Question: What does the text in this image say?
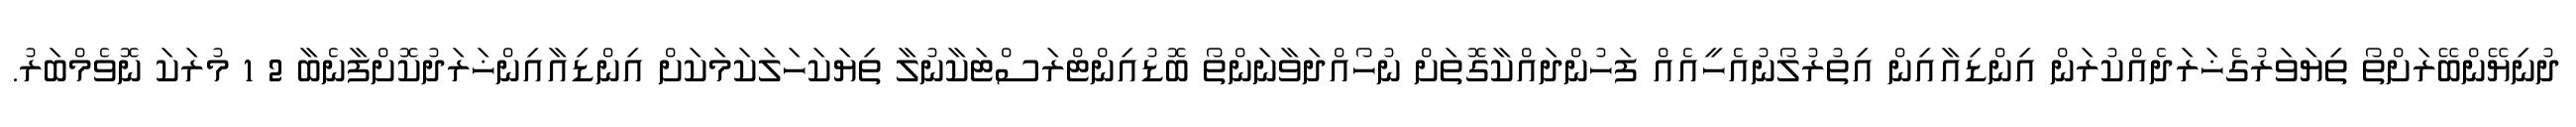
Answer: ދުނިޔޭންބޭރަށްތޯ ތިޔަވަރުގެޚަރަދެއްކުރަން އިންޑިއާއިން އިތުރުލޯނުއެހީއެއް ފަހުންދައްކާގޮތަށް ނުހޯއްދަވާނަންތޯ ބޮޑުއިންޓްރަސްޓަކާނުލާ ތިޔަކަހަލަކަމަކަށް އިންޑިއާއިންޚަރަދުކޮށްފާނެބާ 2 1 މުރަކަ ނޮވެމްބަރު.